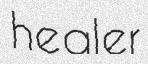
healer